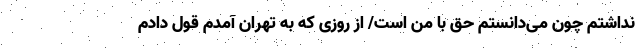
نداشتم چون می‌دانستم حق با من است/ از روزی که به تهران آمدم قول دادم